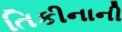
તિકીનાની